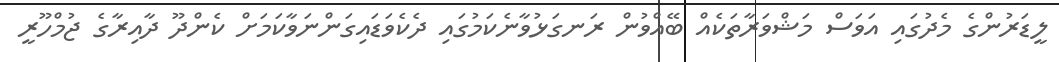
ލީޑަރުންގެ މެދުގައި އަވަސް މަޝްވަރާތަކެއް ބޭއްވުން ރަނގަޅުވާނެކަމުގައި ދެކެވަޑައިގަންނަވާކަމަށް ކެންދޫ ދާއިރާގެ ޖުމްހޫރީ